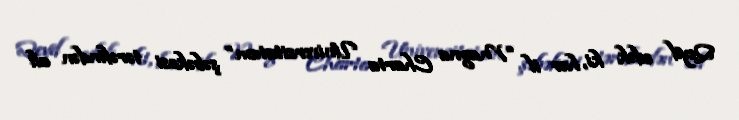
Qeyd edək ki, hər il “Magna Charta Universitatum” şəbəkəsi tərəfindən ali